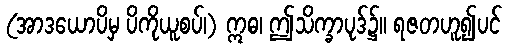
(အာဒယောပိမှ ပိကိုယူစပ်၊) ဣဓ၊ ဤသိက္ခာပုဒ်၌။ ရဇတဟူ၍ပင်